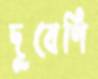
দুবেণি